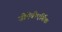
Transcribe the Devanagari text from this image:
जीऐबीएर्गिक